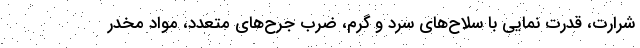
شرارت، قدرت نمایی با سلاح‌های سرد و گرم، ضرب جرح‌های متعدد، مواد مخدر